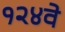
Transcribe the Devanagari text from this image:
१२४वे